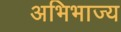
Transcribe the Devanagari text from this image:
अभिभाज्य